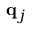
{ \mathbf { q } } _ { j }